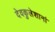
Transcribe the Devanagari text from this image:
देवकुलेशानां